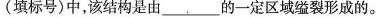
(填标号)中，该结构是由___。___的一定区域缢裂形成的。